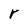
Character: r